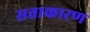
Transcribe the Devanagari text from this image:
सत्ताकारण